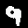
Digit: 9